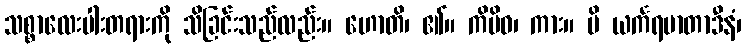
သစ္စာလေးပါးတရားကို သိခြင်းသည်လည်း။ ဟောတိ၊ ၏။ ကိမိဝ၊ ကား။ ပိ ယင်္ကရမာတာဒီနံ၊